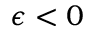
\epsilon < 0